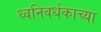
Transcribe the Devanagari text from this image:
ध्वनिवर्धकाच्या